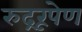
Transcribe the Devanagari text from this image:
रुद्ररूपेण